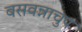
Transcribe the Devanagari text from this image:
बसवन्नाचुप